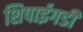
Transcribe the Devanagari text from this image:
शिपाईगडी